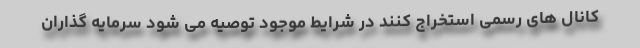
کانال های رسمی استخراج کنند در شرایط موجود توصیه می شود سرمایه گذاران